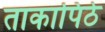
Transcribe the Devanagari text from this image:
ताकापिठे